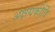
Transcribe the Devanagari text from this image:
अक्षयकीर्ति